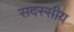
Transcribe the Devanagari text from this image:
सदस्सीय